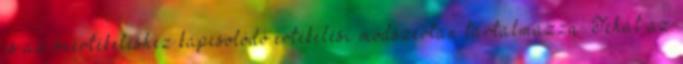
és az önértékeléshez kapcsolódó értékelési módszertan tartalmazza. Tehát az